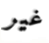
غير